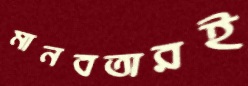
মানবতারই